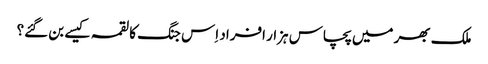
ملک بھر میں پچاس ہزار افراد اِس جنگ کا لقمہ کیسے بن گئے؟